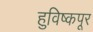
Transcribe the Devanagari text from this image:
हुविष्कपूर